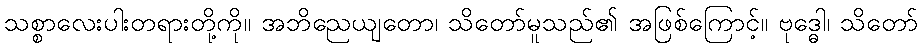
သစ္စာလေးပါးတရားတို့ကို။ အဘိညေယျတော၊ သိတော်မူသည်၏ အဖြစ်ကြောင့်။ ဗုဒ္ဓေါ၊ သိတော်